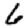
Digit: 6